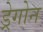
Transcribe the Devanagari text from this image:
ड्रेगोन